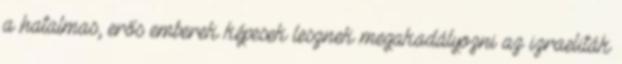
a hatalmas, erős emberek képesek lesznek megakadályozni az izraeliták